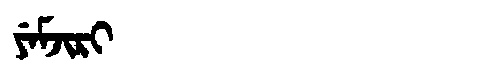
Manchu: ᠶᡝᠮᠵᡳᡵᡳ
Romanization: YEMJIRI